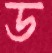
ড